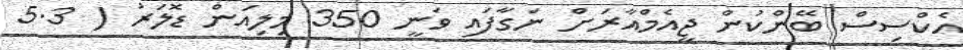
އެކްސިސް ބޭންކުން ޖީއެމްއާރަށް ނަގާފައި ވަނީ 350 މިލިއަން ޑޮލަރު ( 5.3